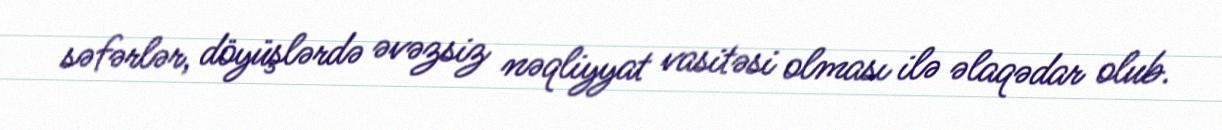
səfərlər, döyüşlərdə əvəzsiz nəqliyyat vasitəsi olması ilə əlaqədar olub.